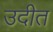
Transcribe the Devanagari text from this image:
उदीत